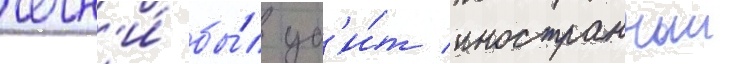
чечн'и́ бы́л уб'и́т иностранныи